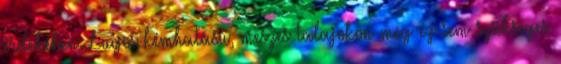
érdekében. Lugos kémhatású, meszes talajokon még ez sem szükséges